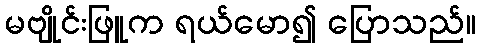
မဗျိုင်းဖြူက ရယ်မော၍ ပြောသည်။